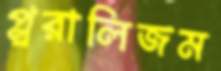
প্লুরালিজম